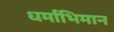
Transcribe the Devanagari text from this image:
धर्माभिमान